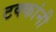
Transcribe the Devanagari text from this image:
टक्कांनी